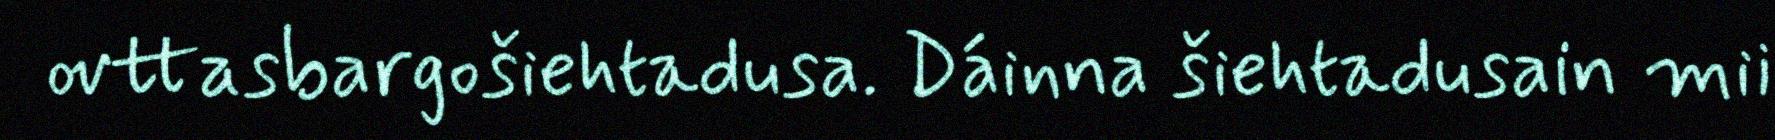
ovttasbargošiehtadusa. Dáinna šiehtadusain mii